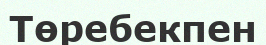
Төребекпен